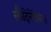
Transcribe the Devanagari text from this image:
स्कैंदिनेवियंस